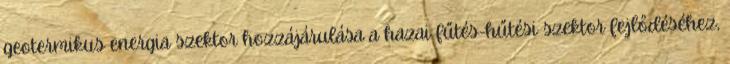
geotermikus energia szektor hozzájárulása a hazai fűtés-hűtési szektor fejlődéséhez,